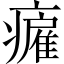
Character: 𤺮